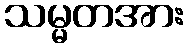
သမ္မတအား